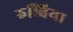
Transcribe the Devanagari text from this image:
रुब्बिया